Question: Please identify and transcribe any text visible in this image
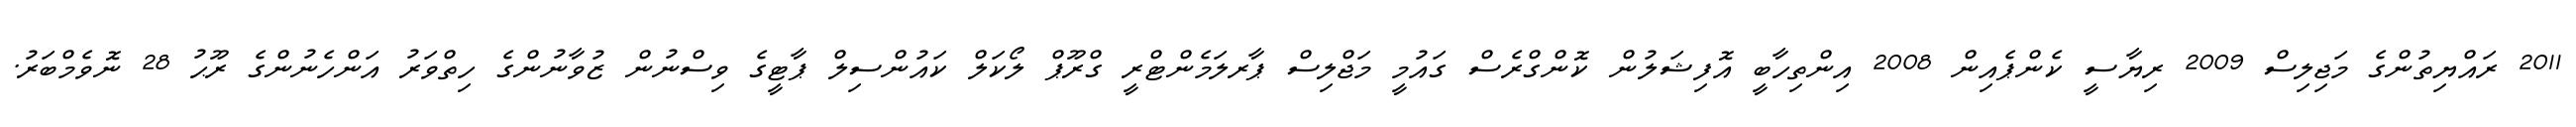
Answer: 2011 ރައްޔިތުންގެ މަޖިލިސް 2009 ރިޔާސީ ކެންޕެއިން 2008 އިންތިހާބީ އޮފިޝަލުން ކޮންގްރެސް ގައުމީ މަޖްލިސް ޕާރލަމެންޓްރީ ގްރޫޕް ލޯކަލް ކައުންސިލް ޕާޓީގެ ވިސްނުން ޒުވާނުންގެ ހިތްވަރު އަންހެނުންގެ ރޫޙު 28 ނޮވެމްބަރު.